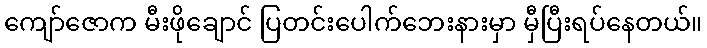
ကျော်ဇောက မီးဖိုချောင် ပြတင်းပေါက်ဘေးနားမှာ မှီပြီးရပ်နေတယ်။